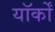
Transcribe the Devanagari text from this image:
यॉर्कों